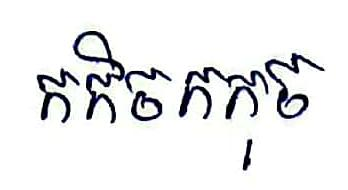
កកិចកកុច